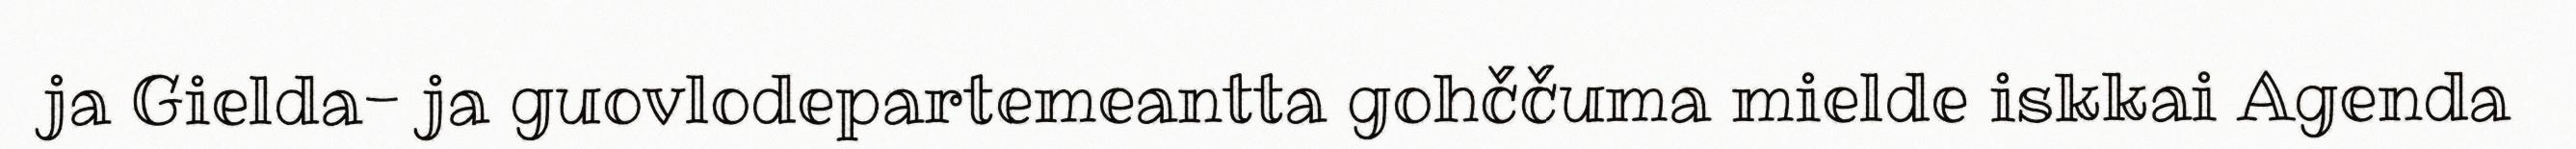
ja Gielda- ja guovlodepartemeantta gohččuma mielde iskkai Agenda